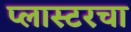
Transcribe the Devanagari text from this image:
प्लास्टरचा